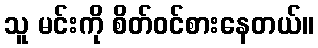
သူ မင်းကို စိတ်ဝင်စားနေတယ်။